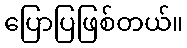
ပြောပြဖြစ်တယ်။